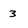
Character: 3